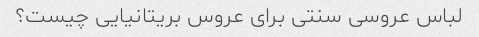
لباس عروسی سنتی برای عروس بریتانیایی چیست؟